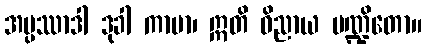
အပ္ပဿာဒါ ဒုခါ ကာမာ၊ ဣတိ ဝိညာယ ပဏ္ဍိတော။